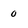
Character: 0